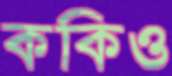
ককিও